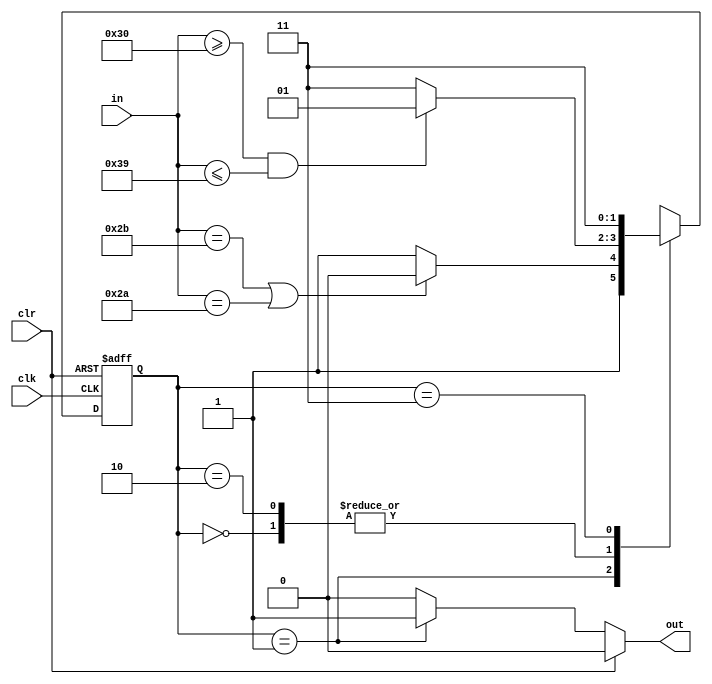
`timescale 1ns / 1ps
module expr(
    input clk,
    input clr,
    input [7:0] in,
    output out
    );
reg [1:0] state,next_state;
parameter s0 = 2'b00,s1 = 2'b01, s2 = 2'b10,s3 = 2'b11;
initial begin
state = s0;
next_state = s0;
end
always @(*) begin
	case(state)
		s0 : begin
			if(in >= "0" && in <= "9")
			next_state = s1;
			else
			next_state = s3;
		end
		s1 : begin
			if(in == "+" || in == "*")
			next_state = s2;
			else
			next_state = s3;
		end
		s2 : begin
			if(in >= "0" && in <= "9")
			next_state = s1;
			else
			next_state = s3;
		end
		s3 : next_state = s3;
		default :;
		endcase
end
always @(posedge clk or posedge clr) begin
	if(clr == 1)
	state <= s0;
	else
	state <= next_state;
end
assign out = (clr == 1) ? 0 : 
				(state == s1) ? 1 : 0;
endmodule